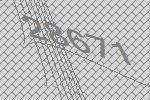
28671